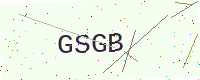
Text: GSGB